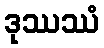
ဒုဿဿံ